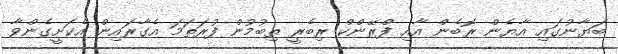
ބަޔާނުގައި އާޔެން ރޮބެން އާއި ފްރޭންކް ރިބެރީ ތިބުމުން ފުރަތަމަ އެގާރައިން އެކަށީގެންވާ